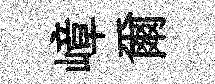
嶂爾